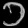
Digit: ၁